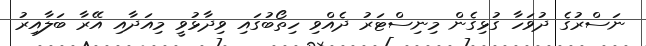
ނަސްރުގެ ދުވަހާ ގުޅިގެން މިނިސްޓަރު ދެއްވި ހިތޯބުގައި ވިދާޅުވީ މިއަދާއި އޭރާ ބަލާއިރު